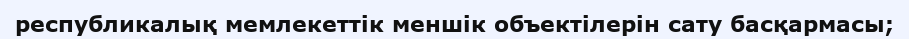
республикалық мемлекеттік меншік объектілерін сату басқармасы;